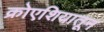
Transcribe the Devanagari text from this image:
क्रोएशियातून